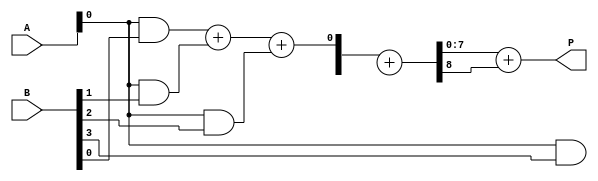
module wallace_tree_multiplier #(parameter N = 4) (
    input  [N-1:0] A,
    input  [N-1:0] B,
    output [2*N-1:0] P
);
    wire [N-1:0] pp [0:N-1]; // Partial products
    wire [2*N-1:0] sum [0:N-1]; // Sums for Wallace tree
    wire [N-1:0] carry [0:N-1]; // Carries for Wallace tree

    // Generate Partial Products
    genvar i, j;
    generate
        for (i = 0; i < N; i = i + 1) begin : pp_gen
            for (j = 0; j < N; j = j + 1) begin : pp_bit
                assign pp[i][j] = A[j] & B[i]; // AND operation for partial products
            end
        end
    endgenerate

    // Wallace Tree Reduction
    // Stage 1: Combine partial products using half and full adders
    generate
        for (i = 0; i < N; i = i + 1) begin : reduction_stage1
            if (i % 3 == 0) begin
                // Use full adder for three inputs
                if (i + 2 < N) begin
                    assign {carry[i/3][i], sum[i/3][i]} = pp[i] + pp[i+1] + pp[i+2];
                end else if (i + 1 < N) begin
                    assign {carry[i/3][i], sum[i/3][i]} = pp[i] + pp[i+1];
                end else begin
                    assign sum[i/3][i] = pp[i];
                end
            end
        end
    endgenerate

    // Stage 2: Continue reduction until only two rows remain
    // This stage will depend on the number of partial products
    // You may need to add more stages depending on N
    // For simplicity, this example assumes N is small enough to fit in two stages

    // Final addition of the last two rows
    wire [2*N-1:0] final_sum;
    wire [2*N-1:0] final_carry;

    assign {final_carry, final_sum} = sum[0] + sum[1]; // Add the last two rows

    // Final product assignment
    assign P = final_sum + final_carry;

endmodule